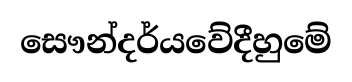
සෞන්දර්යවේදීහුමේ